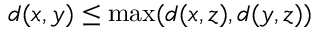
d ( x , y ) \leq \operatorname* { m a x } ( d ( x , z ) , d ( y , z ) )